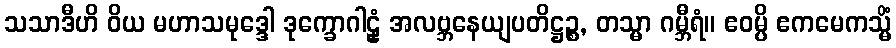
သသာဒီဟိ ဝိယ မဟာသမုဒ္ဒေါ ဒုက္ခောဂါဠှံ အလဗ္ဘနေယျပတိဋ္ဌဉ္စ, တသ္မာ ဂမ္ဘီရံ။ ဧဝမ္ပိ ဧကမေကသ္မိံ